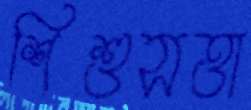
শিশুসত্তা